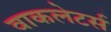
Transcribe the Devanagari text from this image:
वाकलेटर्स